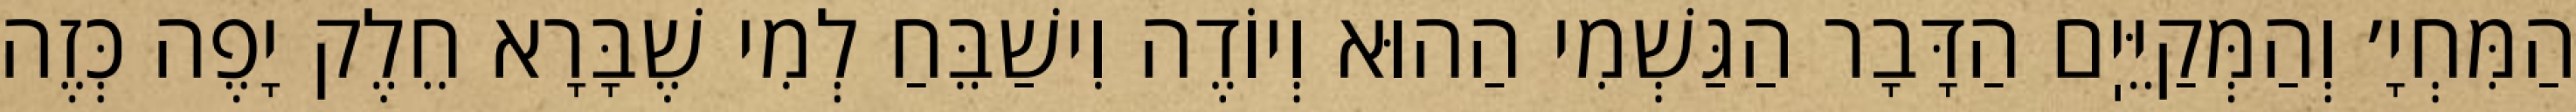
הַמִּחְיָ׳ וְהַמְּקַיֵּיֽם הַדָּבָר הַגַּשְׁמִי הַהוּא וְיוֹדֶה וִישַׁבֵּחַ לְמִי שֶׁבָּרָא חֵלֶק יָפֶה כְּזֶה